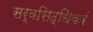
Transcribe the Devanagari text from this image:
सर्वसिद्धिकरं